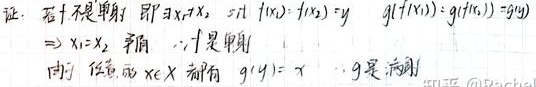
证：若 \(f\) 不是单射，即 \(\exists x_1 \neq x_2\) 且 \(f(x_1)=f(x_2)=y\) ，则 \(g(f(x_1)) = g(f(x_2)) = g(y)\)
\(\Rightarrow x_1 = x_2\) 矛盾， \(\therefore f\) 是单射。
因为任意 \(x \in X\) 都有 \(g(y)=x\) ， \(g\) 是满射。